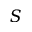
S